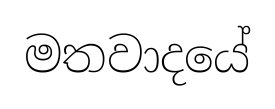
මතවාදයේ